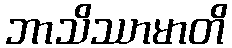
ဘာသိဿာမာတိ